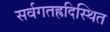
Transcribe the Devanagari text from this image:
सर्वगतह्रदिस्थित